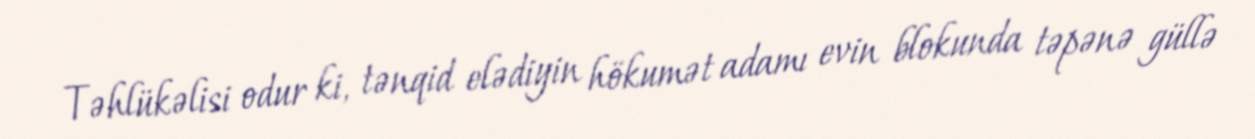
Təhlükəlisi odur ki, tənqid elədiyin hökumət adamı evin blokunda təpənə güllə